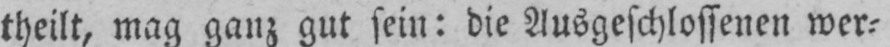
theilt, mag ganz gut sein: die Ausgeschlossenen wer⸗